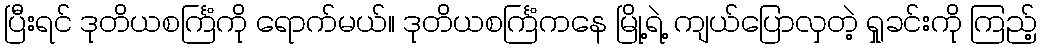
ပြီးရင် ဒုတိယစင်္ကြံကို ရောက်မယ်။ ဒုတိယစင်္ကြံကနေ မြို့ရဲ့ ကျယ်ပြောလှတဲ့ ရှုခင်းကို ကြည့်